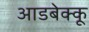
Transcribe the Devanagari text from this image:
आडबेक्कू